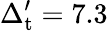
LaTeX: \Delta_{\mathrm{t}}^{\prime}=7.3